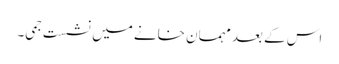
اس کے بعد مہمان خانے میں نشست جمی۔